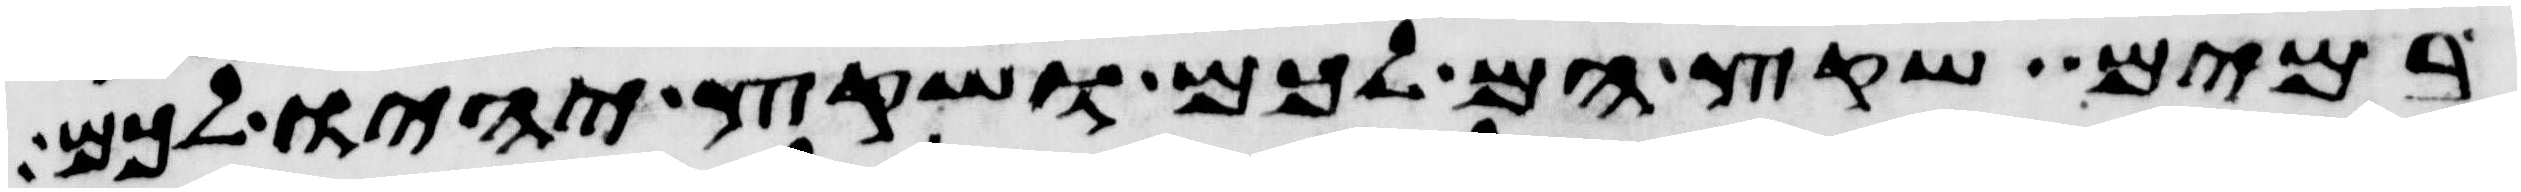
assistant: במים שקץ הם לכם ושקץ יהיו לכם